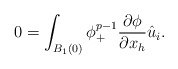
\begin{align*}0=\int_{B_1(0)}\phi^{p-1}_+\frac{\partial \phi}{\partial x_h}\hat{u}_i.\end{align*}